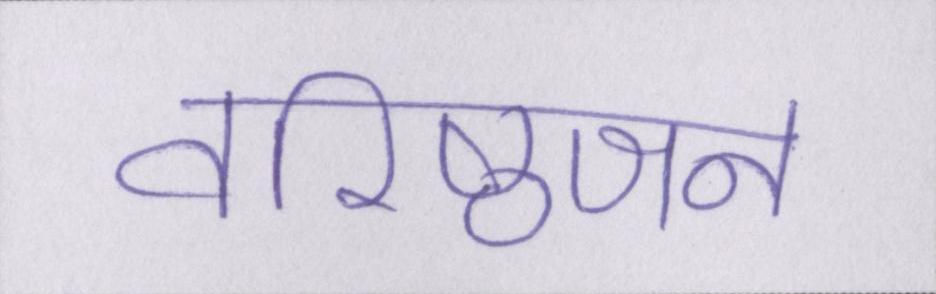
वरिष्ठजन